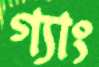
গ্যাং